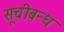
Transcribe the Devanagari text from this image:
सूचीबन्ध